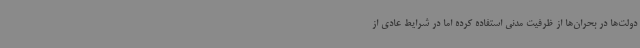
دولت‌ها در بحران‌ها از ظرفیت مدنی استفاده کرده اما در شرایط عادی از